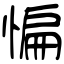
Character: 惼